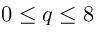
0 \le q \le 8